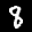
Label: 8